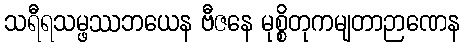
သရီရသမ္ဖဿဘယေန ဗီဇနေ မုစ္စိတုကမျတာဉာဏေန